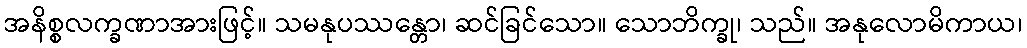
အနိစ္စလက္ခဏာအားဖြင့်။ သမနုပဿန္တော၊ ဆင်ခြင်သော။ သောဘိက္ခု၊ သည်။ အနုလောမိကာယ၊